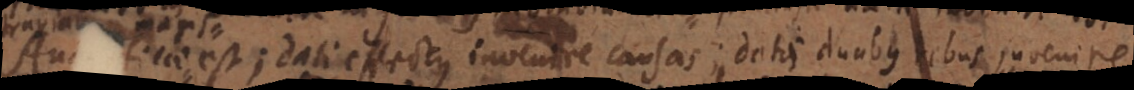
agis est; dati effectus invenire causas; datis duabus rebus invenire